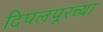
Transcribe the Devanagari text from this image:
दिपलपूरच्या